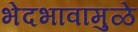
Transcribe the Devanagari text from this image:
भेदभावामुळे